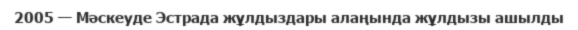
2005 — Мәскеуде Эстрада жұлдыздары алаңында жұлдызы ашылды